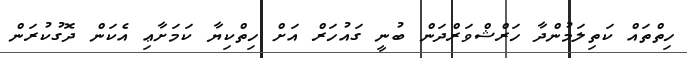
ހިތްތައް ކަތިލަމުންދާ ހަރްޝްވަރްދަން ބުނީ ގައުހަރް އަށް ހިތްކިޔާ ކަމަށާޢި އެކަން ދޮގުކުރަން